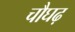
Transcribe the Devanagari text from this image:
चौघढ़